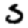
Digit: 3